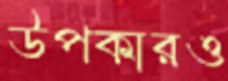
উপকারও